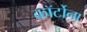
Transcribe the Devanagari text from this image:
कॉर्टोना